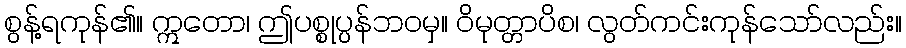
စွန့်ရကုန်၏။ ဣတော၊ ဤပစ္စုပ္ပန်ဘဝမှ။ ဝိမုတ္တာပိစ၊ လွတ်ကင်းကုန်သော်လည်း။